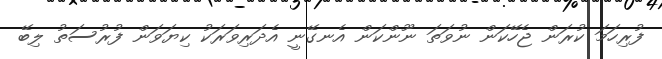
ފުރިހަމަ ކުރަން ޖެހޭކަން ނުވަތަ ނޫންކަން އެނގޭނީ އެދަރިވަރަކު ކިޔަވަން ފުރުސަތު ލިބޭ